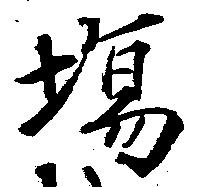
場